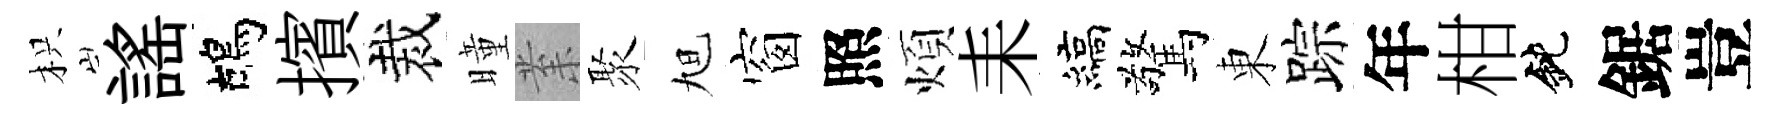
枳謡鴣擯裁曈𭪙聚旭窗照煩耒縞驚東踪年柑鈍鋸豈